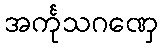
အင်္ကုသဂဏှေ